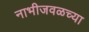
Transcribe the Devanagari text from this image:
नाभीजवळच्या